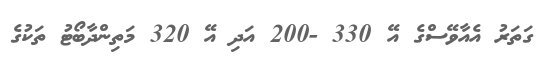
ގަތަރު އެއާވޭސްގެ އޭ 330 -200 އަދި އޭ 320 މަތިންދާބޯޓު ތަކުގެ